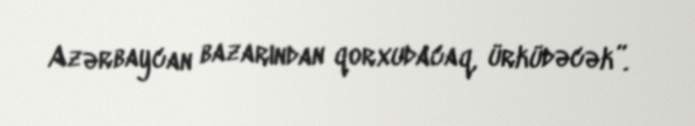
Azərbaycan bazarından qorxudacaq, ürküdəcək”.